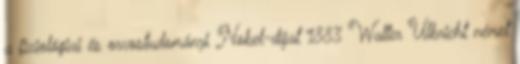
a fiziológiai és orvostudományi Nobel-díjat 1883 Walter Ulbricht német